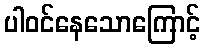
ပါဝင်နေသောကြောင့်